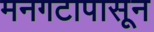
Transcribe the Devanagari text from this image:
मनगटापासून